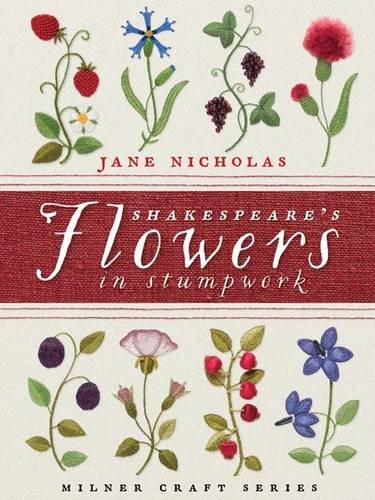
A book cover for Shakespeare's Flowers in Stumpwork (Milner Craft Series); Jane Nicholas; Crafts, Hobbies & Home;